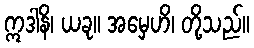
ဣဒါနိ၊ ယခု။ အမှေဟိ၊ တို့သည်။